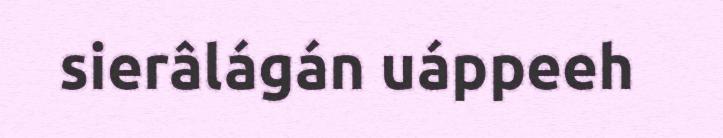
sierâlágán uáppeeh